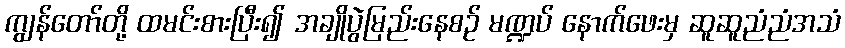
ကျွန်တော်တို့ ထမင်းစားပြီး၍ အချိုပွဲမြည်းနေစဉ် မဏ္ဍပ် နောက်ဖေးမှ ဆူဆူညံညံအသံ